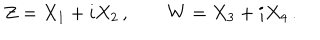
Z = X _ { 1 } + i X _ { 2 } \, , \qquad W = X _ { 3 } + i X _ { 4 } \, .